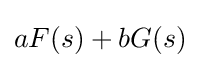
aF(s)+bG(s)\